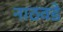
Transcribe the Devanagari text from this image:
नाठवडे